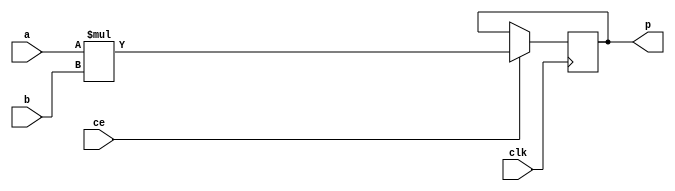
module nfa_accept_samples_generic_hw_mul_16ns_8ns_24_2_MAC2S_0(clk, ce, a, b, p);
input clk;
input ce;
input[16 - 1 : 0] a; // synthesis attribute keep a "true"
input[8 - 1 : 0] b; // synthesis attribute keep b "true"
output[24 - 1 : 0] p;
reg[24 - 1 : 0] p;
wire [24 - 1 : 0] tmp_product;

assign tmp_product = a * b;
always @ (posedge clk) begin
    if (ce) begin
        p <= tmp_product;
    end
end
endmodule